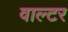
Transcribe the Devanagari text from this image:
वाल्‍टर